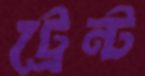
ট্রেন্ট